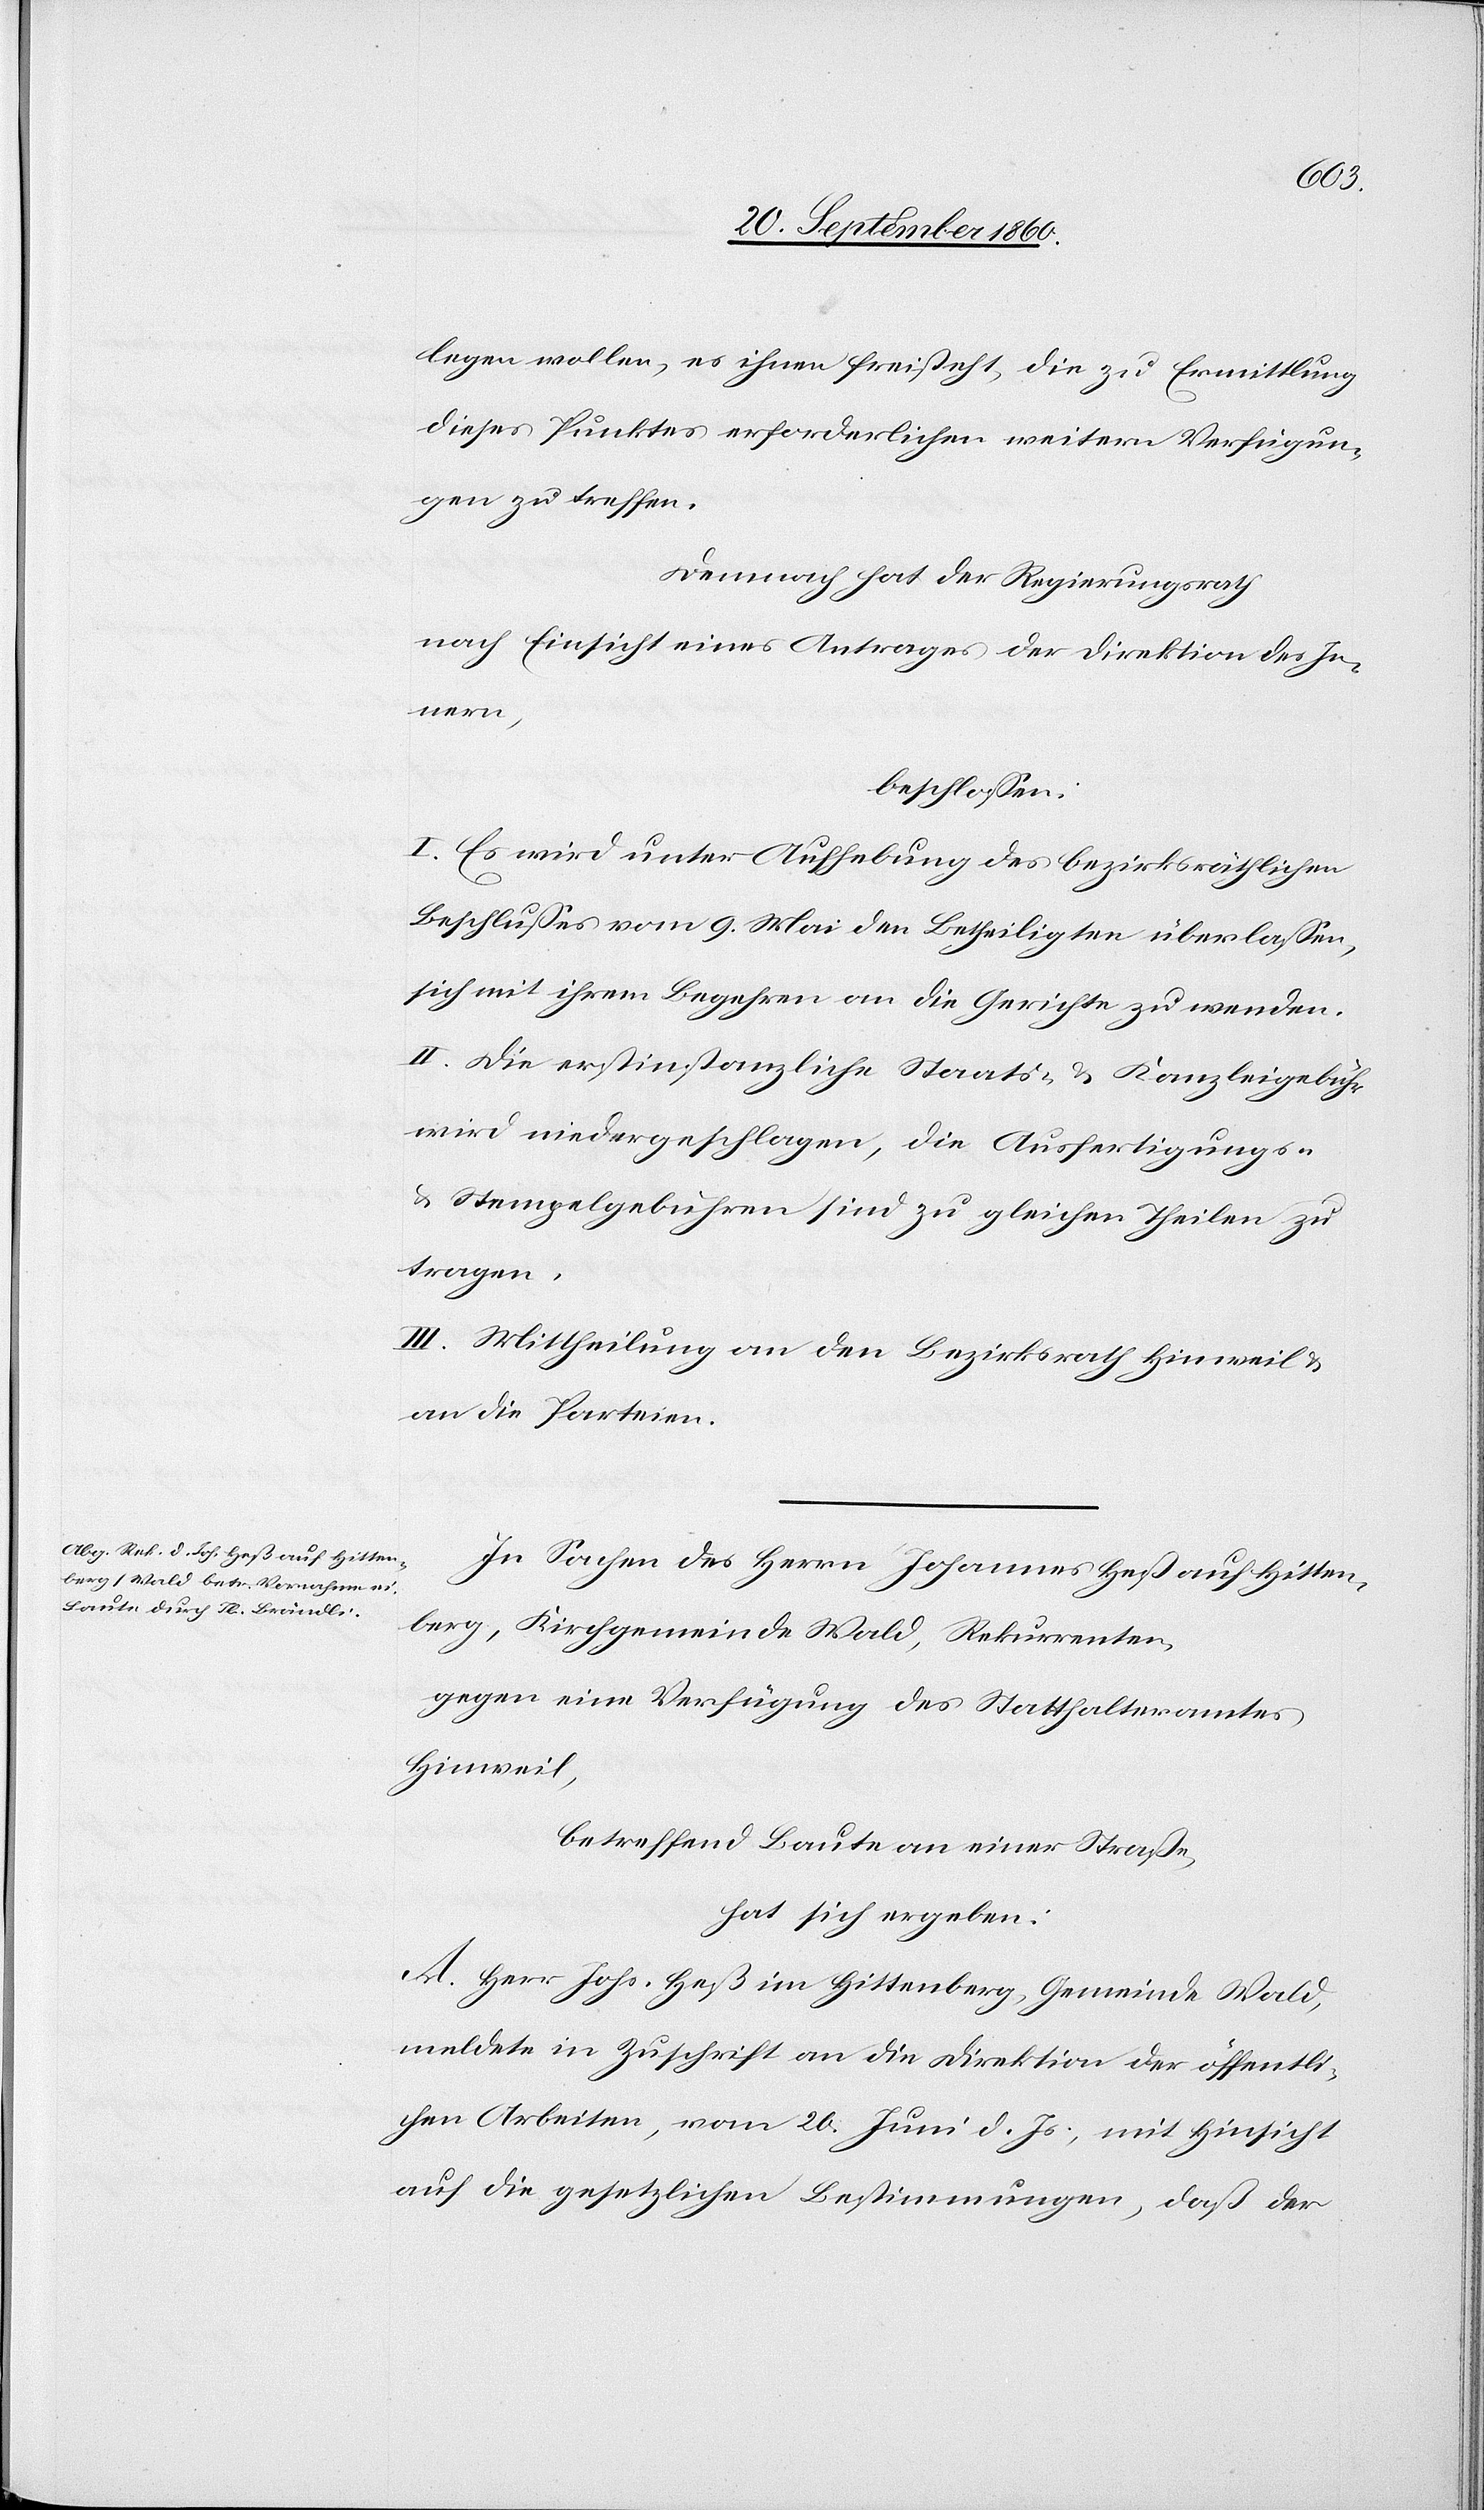
legen wollen, es ihnen freisteht, die zu Ermittlung
dieses Punktes erforderlichen weitern Verfügun¬
gen zu treffen.
Demnach hat der Regierungsrath
nach Einsicht eines Antrages der Direktion des In¬
nern,
beschlossen:
I. Es wird unter Aufhebung des bezirksräthlichen
Beschlusses vom 9. Mai den Betheiligten überlassen,
sich mit ihrem Begehren an die Gerichte zu wenden.
II. Die erstinstanzliche Staats- & Kanzleigebühr
wird niedergeschlagen, die Ausfertigungs-
& Stempelgebühren sind zu gleichen Theilen zu
tragen.
III. Mittheilung an den Bezirksrath Hinweil &
an die Parteien.
In Sachen des Herrn Johannes Heß auf Hitten¬
berg, Kirchgemeinde Wald, Rekurrenten,
gegen eine Verfügung des Statthalteramtes
Hinweil,
betreffend Baute an einer Straße,
hat sich ergeben:
A. Herr Johs. Heß im Hittenberg, Gemeinde Wald,
meldete in Zuschrift an die Direktion der öffentli¬
chen Arbeiten, vom 20. Juni d. Js., mit Hinsicht
auf die gesetzlichen Bestimmungen, daß der